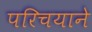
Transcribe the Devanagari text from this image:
परिचयाने